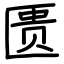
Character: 匮